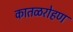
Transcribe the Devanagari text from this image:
कातळरोहण